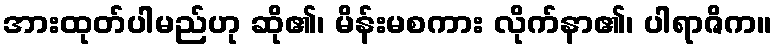
အားထုတ်ပါမည်ဟု ဆို၏၊ မိန်းမစကား လိုက်နာ၏၊ ပါရာဇိက။